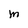
Character: M